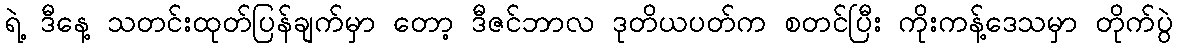
ရဲ့ ဒီနေ့ သတင်းထုတ်ပြန်ချက်မှာ တော့ ဒီဇင်ဘာလ ဒုတိယပတ်က စတင်ပြီး ကိုးကန့်ဒေသမှာ တိုက်ပွဲ